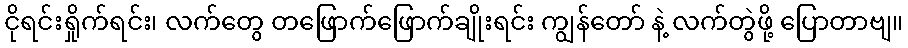
ငိုရင်းရှိုက်ရင်း၊ လက်တွေ တဖြောက်ဖြောက်ချိုးရင်း ကျွန်တော် နဲ့ လက်တွဲဖို့ ပြောတာဗျ။